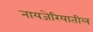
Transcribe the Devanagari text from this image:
नायजेरियातील